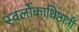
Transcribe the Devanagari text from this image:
स्वर्लोकाधिष्ठात्रीं